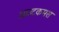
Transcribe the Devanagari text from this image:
आउटकमस